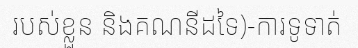
របស់ខ្លួន និងគណនីដទៃ)-ការទូទាត់